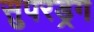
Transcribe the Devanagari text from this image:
सुपरड्रग